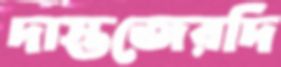
দাস্তজেরদি